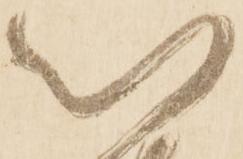
以